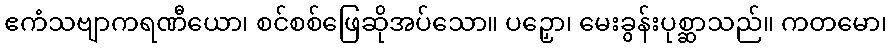
ဧကံသဗျာကရဏီယော၊ စင်စစ်ဖြေဆိုအပ်သော။ ပဉှော၊ မေးခွန်းပုစ္ဆာသည်။ ကတမော၊